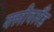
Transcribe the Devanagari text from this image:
क्‍लीवलैंड